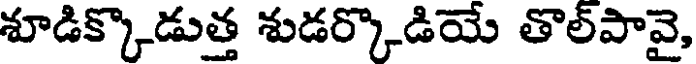
శూడిక్కొడుత్త శుడర్కొడియే తొల్పావై,